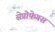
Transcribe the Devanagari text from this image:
सेप्रोफेगस